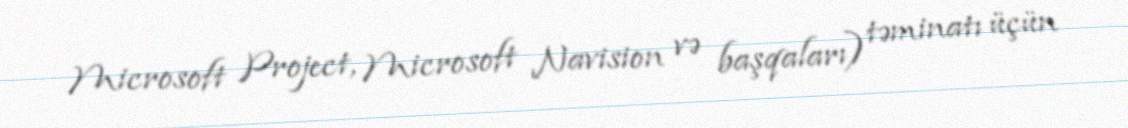
Microsoft Project, Microsoft Navision və başqaları) təminatı üçün